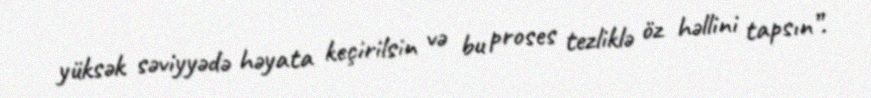
yüksək səviyyədə həyata keçirilsin və bu proses tezliklə öz həllini tapsın”.